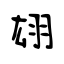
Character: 翃